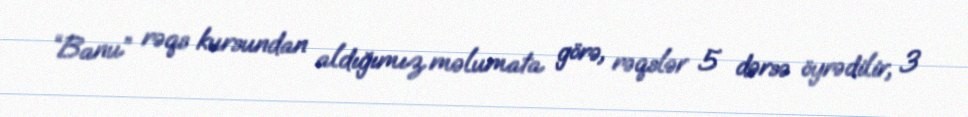
“Banu” rəqs kursundan aldığımız məlumata görə, rəqslər 5 dərsə öyrədilir, 3